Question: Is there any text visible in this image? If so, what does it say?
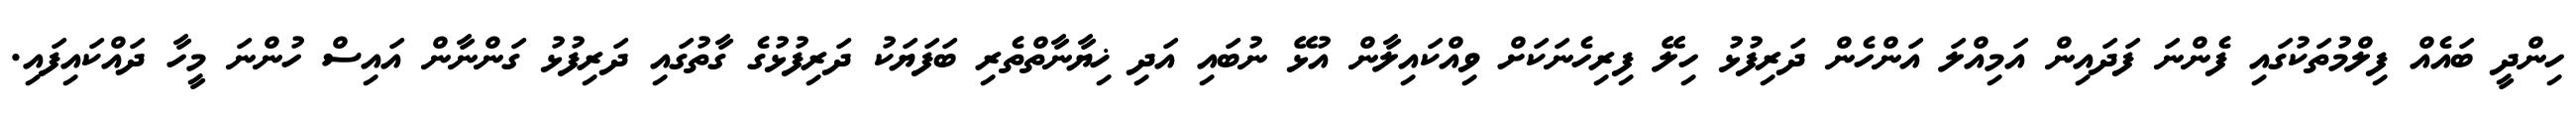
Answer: ހިންދީ ބައެއް ފިލްމުތަކުގައި ފެންނަ ފަދައިން އަމިއްލަ އަންހެން ދަރިފުޅު ހިލޭ ފިރިހެނަކަށް ވިއްކައިލާން އުޅޭ ނުބައި އަދި ޚިޔާނާތްތެރި ބަފަޔަކު ދަރިފުޅުގެ ގާތުގައި ދަރިފުޅު ގަންނާން އައިސް ހުންނަ މީހާ ދައްކައިފައި.